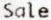
SALE